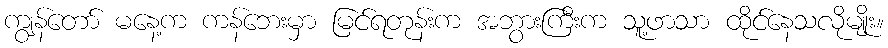
ကျွန်တော် မနေ့က ကန်ဘေးမှာ မြင်ရတုန်းက အဘွားကြီးက သူ့ဖာသာ ထိုင်နေသလိုမျိုး။